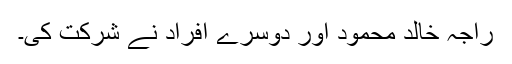
راجہ خالد محمود اور دوسرے افراد نے شرکت کی۔